Report on the working of the mental hospitals for Indians in Bihar and Orissa - 1925-1929
Year: 1925
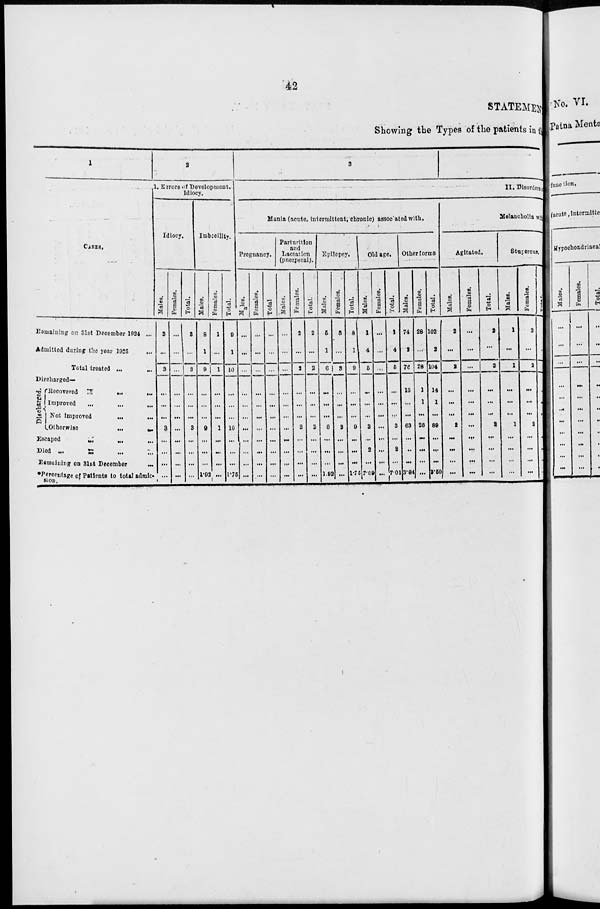
42
STATEMENT
Showing the Types of the patients in
1
CASES.
Remaining on 31st December 1924 ...
Admitted during the year 1925 ...
Total treated ...
...
Discharged—
Discharged.
Recovered
...
...
...
Improved ... ... ...
Not improved ... ...
Otherwise
...
...
Escaped ... ... ...
Died ... ... ... ...
Remaining on 31st December ...
*Percentage of Patients to total admis-
sion.
2
1. Errors of Development,
Idiocy.
Idiocy.
Males.
3
...
3
...
...
...
3
...
...
...
...
Females.
...
...
...
...
...
...
...
...
...
...
...
Total.
3
...
3
...
...
...
3
...
...
...
...
Imbecility.
Males.
8
1
9
...
...
...
9
...
...
...
1.92
Females.
1
...
1
...
...
...
1
...
...
...
...
Total.
9
1
10
...
...
...
10
...
...
...
1.75
3
II. Disorders of
Mania (acute, intermittent, chronic) associated with.
Pregnancy.
Males.
...
...
...
...
...
...
...
...
...
...
...
Females.
...
...
...
...
...
...
...
...
...
...
...
Total.
...
...
...
...
...
...
...
...
...
...
...
Parturition
and
Lactation
(puerperal).
Males.
...
...
...
...
...
...
...
...
...
...
...
Females.
2
...
2
...
...
...
2
...
...
...
...
Total.
2
...
2
...
...
...
2
...
...
...
...
Epilepsy.
Males.
5
1
6
...
...
...
6
...
...
...
1.92
Females.
3
...
3
...
...
...
3
...
...
...
...
Total.
8
1
9
...
...
...
9
...
...
...
1.75
Old age.
Males.
1
4
5
...
...
...
3
...
2
...
7.69
Females.
...
...
...
...
...
...
...
...
...
...
...
Total.
1
4
5
...
...
...
3
...
2
...
7.01
Other forms.
Males.
74
2
76
13
...
...
63
...
...
...
3.84
Females.
28
...
28
1
1
...
26
...
...
...
...
Total.
102
2
104
14
1
...
89
...
...
...
3.50
Melancholia with
Agitated.
Males.
2
...
2
...
...
...
2
...
...
...
...
Females.
...
...
...
...
...
...
...
...
...
...
...
Total.
2
...
2
...
...
...
2
...
...
...
...
Stuporous.
Males.
1
...
1
...
...
...
1
...
...
...
...
Females.
2
...
2
...
...
...
2
...
...
...
...